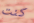
كنت